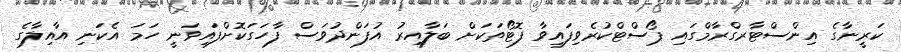
ކަރީނާގެ އިންސްޓާރގްރާމްގައި ޕޯސްޓްކުރެވިފައިވާ ފޮޓޯތަކަށް ބަލާއިރު އުފަންދުވަސް ފާހަގަކޮށްފައިވަނީ ހަމަ އެކަނި އާއިލާގެ